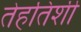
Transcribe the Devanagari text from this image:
तेहतिशी